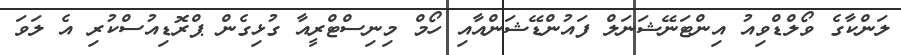
ލަންކާގެ ވޯލްޑްވިއު އިންޓަނޭޝަނަލް ފައުންޑޭޝަންއާއި ހޯމް މިނިސްޓްރީއާ ގުޅިގެން ޕްރޮޑިއުސްކުރި އެ ލަވަ